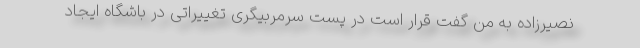
نصیرزاده به من گفت قرار است در پست سرمربیگری تغییراتی در باشگاه ایجاد